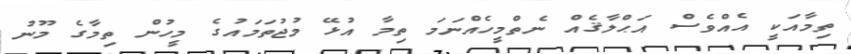
ތިމާއަކީ އެއްވެސް އަޙްލާޤެއް ނެތްމީހެއްނަމަ ތިމާ އުޅޭ މުޖުތަމައުގެ މީހުން ތިމާގެ މޫނު